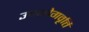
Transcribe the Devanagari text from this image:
उपभोगवृत्ति